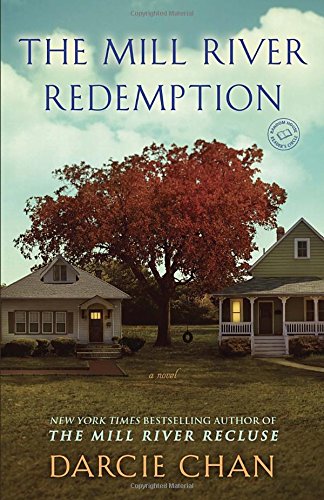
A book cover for The Mill River Redemption: A Novel; Darcie Chan; Literature & Fiction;